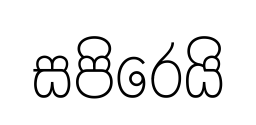
සපිරෙයි